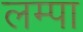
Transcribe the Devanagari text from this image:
लम्पा